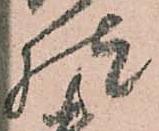
様